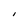
Character: I